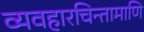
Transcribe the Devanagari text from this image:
व्यवहारचिन्तामाणि